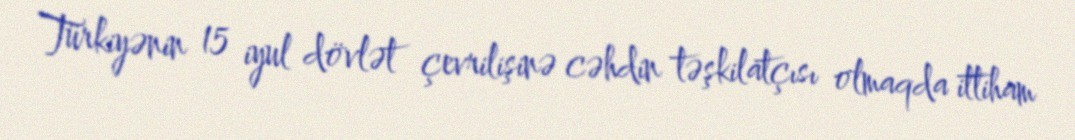
Türkiyənin 15 iyul dövlət çevrilişinə cəhdin təşkilatçısı olmaqda ittiham